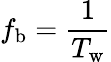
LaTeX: f_{\mathrm{b}}=\frac{1}{T_{\mathrm{w}}}